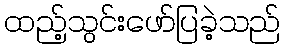
ထည့်သွင်းဖော်ပြခဲ့သည်